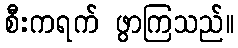
စီးကရက် ဖွာကြသည်။